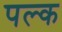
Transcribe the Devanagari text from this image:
पल्क